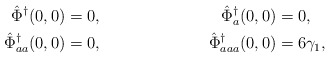
\begin{align*} \hat\Phi^\dagger(0,0)&=0, &\hat\Phi^\dagger_a(0,0)&=0,\\ \hat\Phi^\dagger_{aa}(0,0)&=0, &\hat\Phi^\dagger_{aaa}(0,0)&=6\gamma_1,\end{align*}